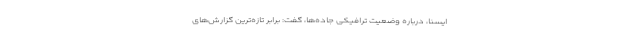
ایسنا، درباره وضعیت ترافیکی جاده‌ها، گفت:‌ برابر تازه‌ترین گزارش‌های